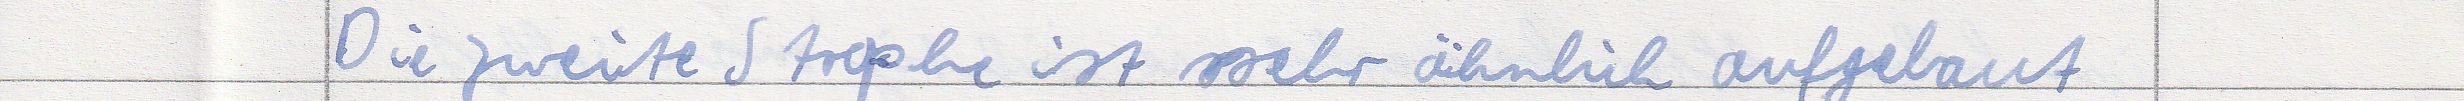
Die zweite Strophe ist sehr ähnlich aufgebaut